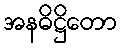
အနဓိဋ္ဌိတော